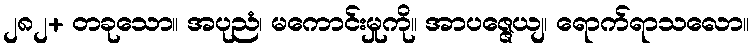
၂၈၂+ တခုသော။ အပုညံ၊ မကောင်းမှုကို။ အာပဇ္ဇေယျ၊ ရောက်ရာသလော။